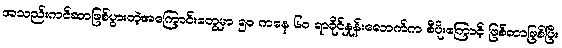
အသည်းကင်ဆာဖြစ်ပွားတဲ့အကြောင်းတွေမှာ ၅၀ ကနေ ၆၀ ရာခိုင်နှုန်းလောက်က စီပိုးကြောင့် ဖြစ်တာဖြစ်ပြီး